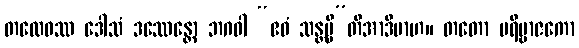
တထေဝဿ ဒေါသံ ဒဿေန္တော ဘဂဝါ “ဧဝံ သန္တမ္ပီ”တိအာဒိမာဟ။ တတော ပရိဗ္ဗာဇကော